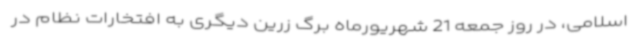
اسلامی، در روز جمعه 21 شهریورماه برگ زرین دیگری به افتخارات نظام در